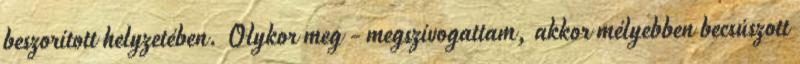
beszorított helyzetében. Olykor meg - megszívogattam, akkor mélyebben becsúszott